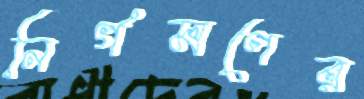
নির্গমণের